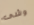
وشى